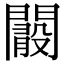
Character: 𨶞